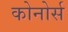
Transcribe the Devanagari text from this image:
कोनोर्स